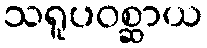
သရူပဝစ္ဆာယ